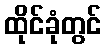
ထိုင်ခုံတွင်